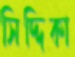
সিদ্দিকা